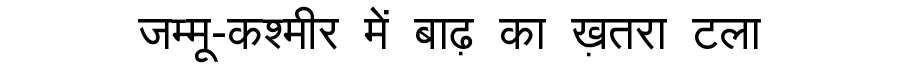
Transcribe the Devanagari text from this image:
जम्मू-कश्मीर में बाढ़ का ख़तरा टला